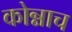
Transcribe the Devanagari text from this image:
कोन्नाच